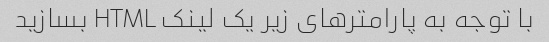
با توجه به پارامترهای زیر یک لینک HTML بسازید